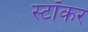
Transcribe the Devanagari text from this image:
स्टॉकर